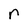
Character: r